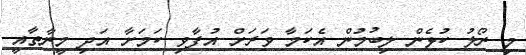
މި ރޯލު ކުޅެން ލިބުމުން އެކަމާ ވަރަށް އުފާވި ކަމަށާ އަދި މީނާތާއީ